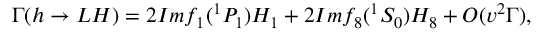
\Gamma ( h \rightarrow L H ) = 2 I m f _ { 1 } ( ^ { 1 } P _ { 1 } ) H _ { 1 } + 2 I m f _ { 8 } ( ^ { 1 } S _ { 0 } ) H _ { 8 } + O ( v ^ { 2 } \Gamma ) ,